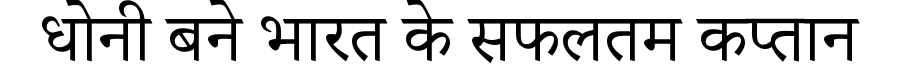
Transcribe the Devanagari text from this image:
धोनी बने भारत के सफलतम कप्तान